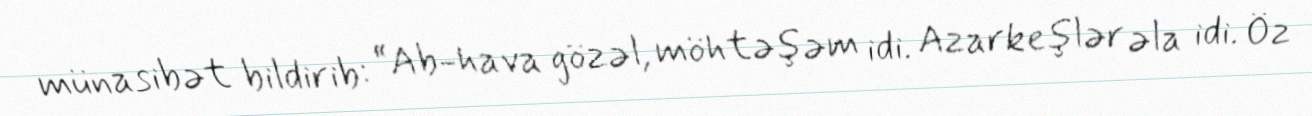
münasibət bildirib: “Ab-hava gözəl, möhtəşəm idi. Azarkeşlər əla idi. Öz